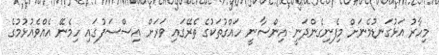
މިހާރު އަޅުގަނޑުމެނަށް މިފެނިގެންދަނީ އިންސާނީ ހައްގުތަކުގެ ތެރޭގައި ވަރަށް އިސްސަފުގައި ހިމެނޭ އެއްވެއުޅުމުގެ